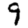
Digit: 9